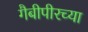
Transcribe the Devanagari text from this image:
गैबीपीरच्या